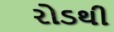
રોડથી